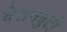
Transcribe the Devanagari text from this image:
वेतनत्रुटी